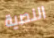
النصية